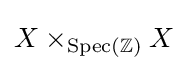
X\times _{{\textrm {Spec}}(\mathbb {Z} )}X